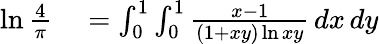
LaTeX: \begin{array}{rl}{\ln{\frac{4}{\pi}}}&{{}=\int_{0}^{1}\int_{0}^{1}{\frac{x-1}{(1+xy)\ln xy}}\, dx\, dy}\end{array}